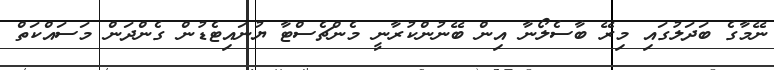
ނޭމާގެ ބަދަލުގައި މިރޭ ބާސެލޯނާ އިން ބޭނުންކުރާނީ މެންޗެސްޓާ ޔުނައިޓެޑުން ގެންދަން މަސައްކަތް